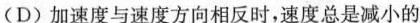
(D)加速度与速度方向相反时，速度总是减小的